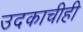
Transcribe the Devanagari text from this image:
उदकाचीही